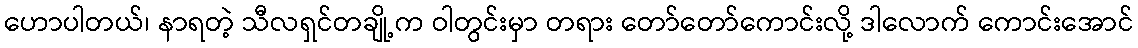
ဟောပါတယ်၊ နာရတဲ့ သီလရှင်တချို့က ဝါတွင်းမှာ တရား တော်တော်ကောင်းလို့ ဒါလောက် ကောင်းအောင်